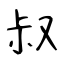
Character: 叔